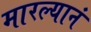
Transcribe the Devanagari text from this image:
मारल्यानं